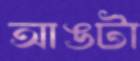
আঙটা